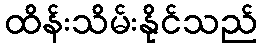
ထိန်းသိမ်းနိုင်သည်